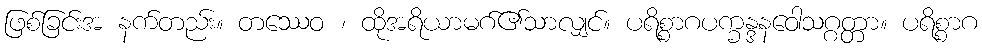
ဖြစ်ခြင်းအ နက်တည်း။ တဿေဝ ၊ ထိုအရိယာမဂ်၏သာလျှင်။ ပရိစ္စာဂပက္ခန္ဒနဝေါသဂ္ဂတ္တာ။ ပရိစ္စာဂ